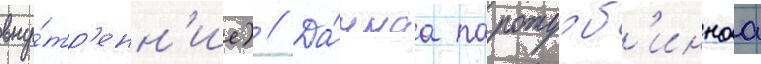
вну́тр'енн'ие) // Да́ннаа паротурб'иннаа